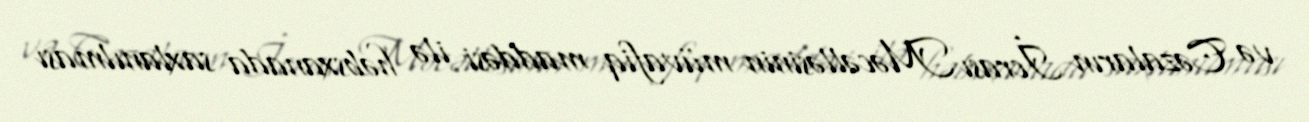
və Cəzaların İcrası Məcəlləsinin müvafiq maddəsi ilə həbsxanada saxlanılması